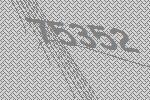
75352